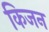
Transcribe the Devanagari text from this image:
किजन